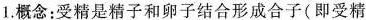
1.概念：受精是精子和卵子结合形成合子(即受精